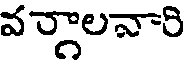
వర్గాలవారి